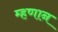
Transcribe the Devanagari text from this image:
म्हणान